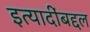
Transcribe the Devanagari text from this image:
इत्यादींबद्दल